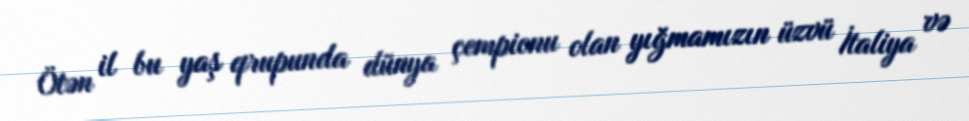
Ötən il bu yaş qrupunda dünya çempionu olan yığmamızın üzvü İtaliya və